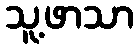
သူ့ဖာသာ